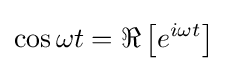
\cos \omega t=\Re \left[e^{i\omega t}\right]